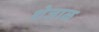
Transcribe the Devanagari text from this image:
शेजाळ